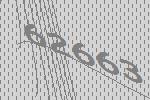
62663